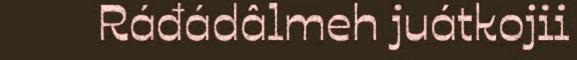
Ráđádâlmeh juátkojii